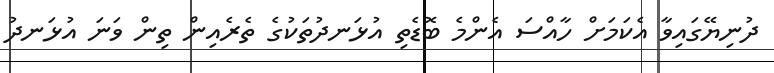
ދުނިޔޭގައިވާ އެކަމަށް ހާއްސަ އެންމެ ބޮޑެތި އުޅަނދުތަކުގެ ތެރެއިން ތިން ވަނަ އުޅަނދު